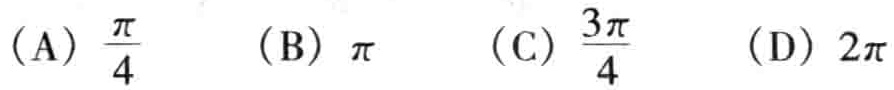
(A) \(\frac{\pi}{4}\)  (B) \(\pi\)  (C) \(\frac{3\pi}{4}\)  (D) \(2\pi\)